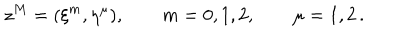
LaTeX: z ^ { M } = ( \xi ^ { m } , \eta ^ { \mu } ) , \qquad m = 0 , 1 , 2 , \qquad \mu = 1 , 2 \, .